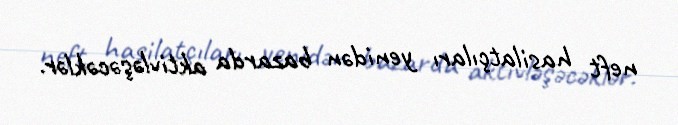
neft hasilatçıları yenidən bazarda aktivləşəcəklər.